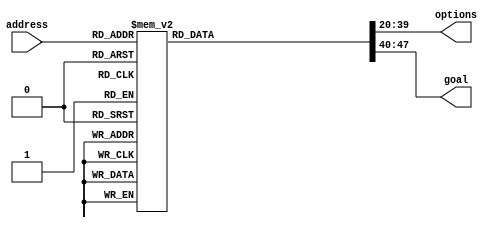
/*
   This file was generated automatically by the Mojo IDE version B1.2.6.
   Do not edit this file directly. Instead edit the original Lucid source.
   This is a temporary file and any changes made to it will be destroyed.
*/

module rom_25 (
    input [3:0] address,
    output reg [19:0] options,
    output reg [7:0] goal
  );
  
  
  
  reg [19:0] options_decimal;
  
  always @* begin
    
    case (address)
      1'h0: begin
        options_decimal = 20'hddddd;
        options = 1'h0;
        goal = 1'h0;
      end
      1'h1: begin
        options_decimal = 20'h1363d;
        options = {options_decimal[16+3-:4], options_decimal[12+3-:4], options_decimal[8+3-:4], options_decimal[4+3-:4], options_decimal[0+3-:4]};
        goal = 8'h12;
      end
      2'h2: begin
        options_decimal = 20'h4297d;
        options = {options_decimal[16+3-:4], options_decimal[12+3-:4], options_decimal[8+3-:4], options_decimal[4+3-:4], options_decimal[0+3-:4]};
        goal = 4'hd;
      end
      2'h3: begin
        options_decimal = 20'h4567d;
        options = {options_decimal[16+3-:4], options_decimal[12+3-:4], options_decimal[8+3-:4], options_decimal[4+3-:4], options_decimal[0+3-:4]};
        goal = 1'h1;
      end
      3'h4: begin
        options_decimal = 20'h43377;
        options = {options_decimal[16+3-:4], options_decimal[12+3-:4], options_decimal[8+3-:4], options_decimal[4+3-:4], options_decimal[0+3-:4]};
        goal = 4'h8;
      end
      3'h5: begin
        options_decimal = 20'h47538;
        options = {options_decimal[16+3-:4], options_decimal[12+3-:4], options_decimal[8+3-:4], options_decimal[4+3-:4], options_decimal[0+3-:4]};
        goal = 5'h19;
      end
      3'h6: begin
        options_decimal = 20'h13337;
        options = {options_decimal[16+3-:4], options_decimal[12+3-:4], options_decimal[8+3-:4], options_decimal[4+3-:4], options_decimal[0+3-:4]};
        goal = 5'h17;
      end
      3'h7: begin
        options_decimal = 20'h17799;
        options = {options_decimal[16+3-:4], options_decimal[12+3-:4], options_decimal[8+3-:4], options_decimal[4+3-:4], options_decimal[0+3-:4]};
        goal = 5'h1d;
      end
      4'h8: begin
        options_decimal = 20'h46883;
        options = {options_decimal[16+3-:4], options_decimal[12+3-:4], options_decimal[8+3-:4], options_decimal[4+3-:4], options_decimal[0+3-:4]};
        goal = 5'h19;
      end
      4'h9: begin
        options_decimal = 20'h46669;
        options = {options_decimal[16+3-:4], options_decimal[12+3-:4], options_decimal[8+3-:4], options_decimal[4+3-:4], options_decimal[0+3-:4]};
        goal = 5'h1a;
      end
      default: begin
        options_decimal = 20'h12345;
        options = {options_decimal[16+3-:4], options_decimal[12+3-:4], options_decimal[8+3-:4], options_decimal[4+3-:4], options_decimal[0+3-:4]};
        goal = 4'hf;
      end
    endcase
  end
endmodule